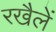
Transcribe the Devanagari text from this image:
रखैलें